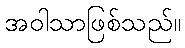
အဝါသာဖြစ်သည်။